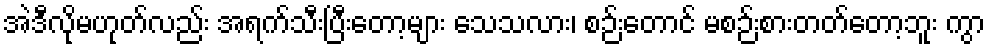
အဲဒီလိုမဟုတ်လည်း အရက်သီးပြီးတော့များ သေသလား၊ စဉ်းတောင် မစဉ်းစားတတ်တော့ဘူး ကွာ